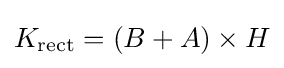
K_{\text{rect}}=(B+A)\times H